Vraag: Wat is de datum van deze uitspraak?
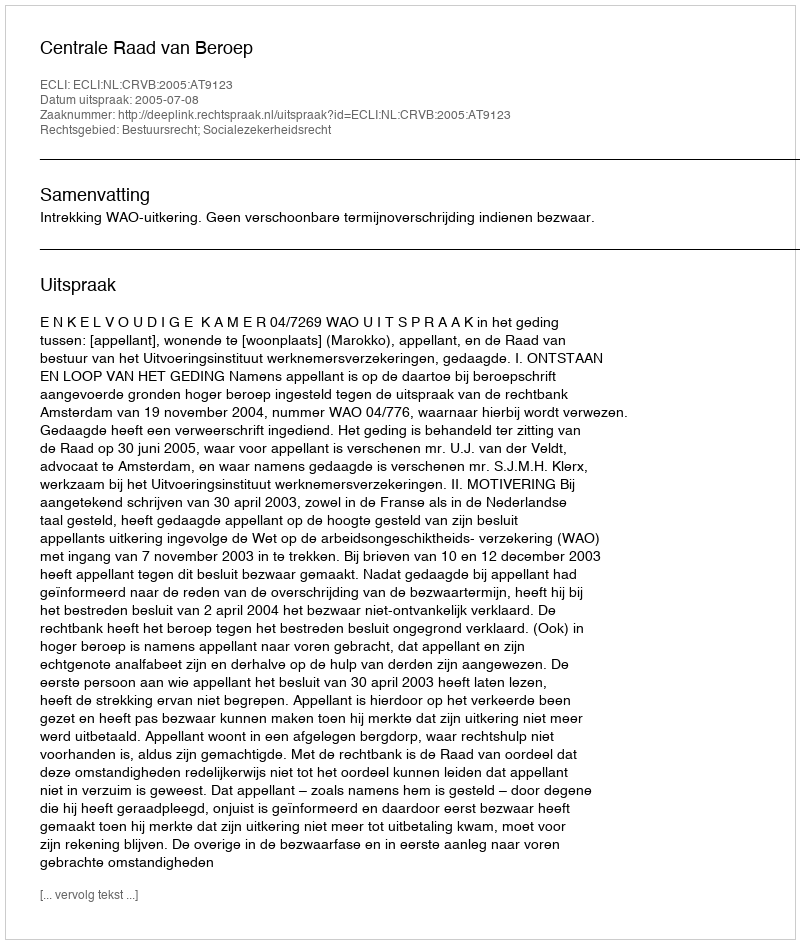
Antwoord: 2005-07-08